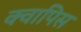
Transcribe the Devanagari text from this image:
क्वापिस